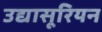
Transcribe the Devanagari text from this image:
उद्यासूरियन